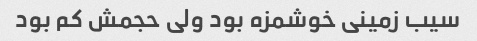
سیب زمینی خوشمزه بود ولی حجمش کم بود